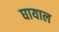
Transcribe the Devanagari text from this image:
घायाल